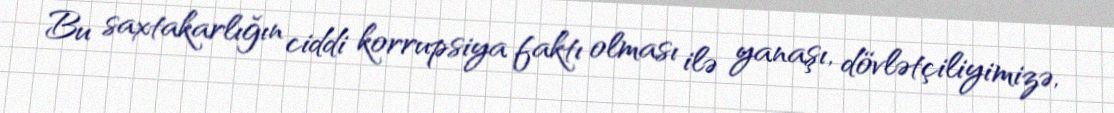
Bu saxtakarlığın ciddi korrupsiya faktı olması ilə yanaşı, dövlətçiliyimizə,